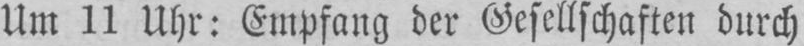
Um 11 Uhr: Empfang der Gesellschaften durch